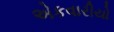
એકવારીયો